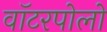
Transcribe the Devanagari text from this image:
वॉटरपोलो